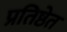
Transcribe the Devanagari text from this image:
प्रतिष्ठेत